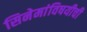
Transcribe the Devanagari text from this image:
सिनेमांविषयीची